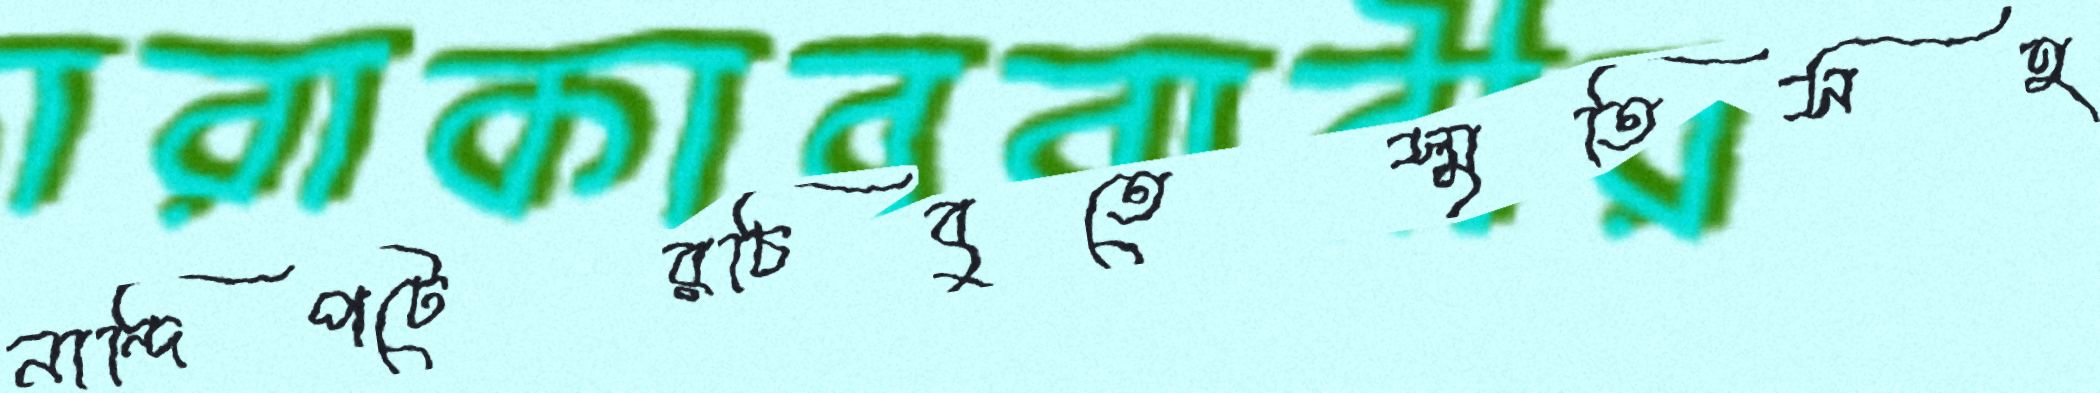
নান্দিপটেরচিবুতেস্মৃতিসহ